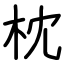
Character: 枕